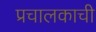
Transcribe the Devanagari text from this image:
प्रचालकाची